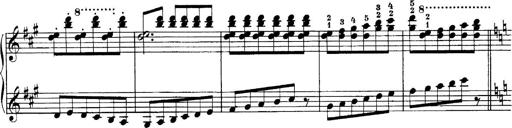
Title: Sonatina No.6
Composer: Ferruccio Busoni